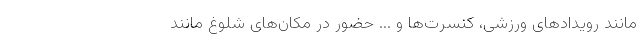
مانند رویدادهای ورزشی، کنسرت‌ها و ... حضور در مکان‌های شلوغ مانند